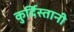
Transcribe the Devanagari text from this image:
कुर्दिस्तानी